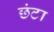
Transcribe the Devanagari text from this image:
छंटा